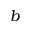
b